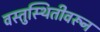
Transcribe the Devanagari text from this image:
वस्तुस्थितीवरून